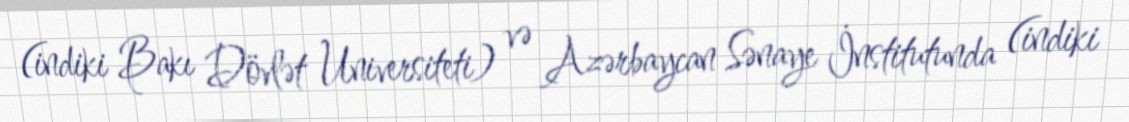
(indiki Bakı Dövlət Universiteti) və Azərbaycan Sənaye İnstitutunda (indiki